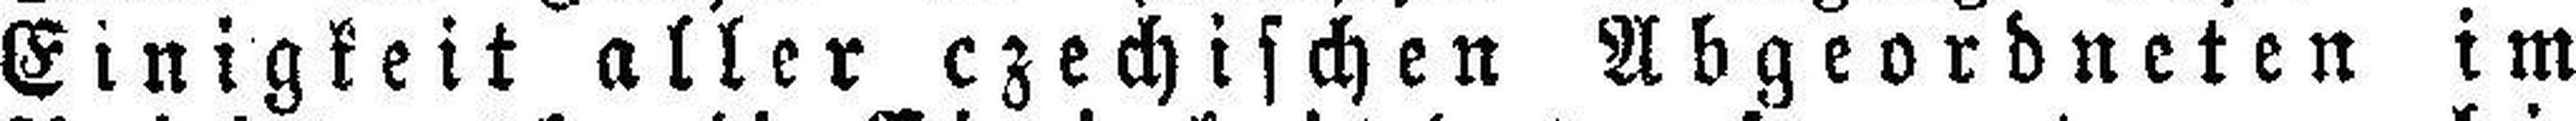
Einigkeit aller czechischen Abgeordneten im